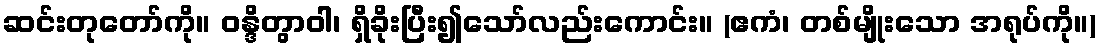
ဆင်းတုတော်ကို။ ဝန္ဒိတွာဝါ၊ ရှိခိုးပြီး၍သော်လည်းကောင်း။ (ဧကံ၊ တစ်မျိုးသော အရုပ်ကို။)